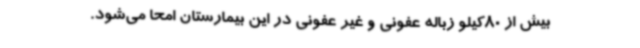
بیش از 80کیلو زباله عفونی و غیر عفونی در این بیمارستان امحا می‌شود.